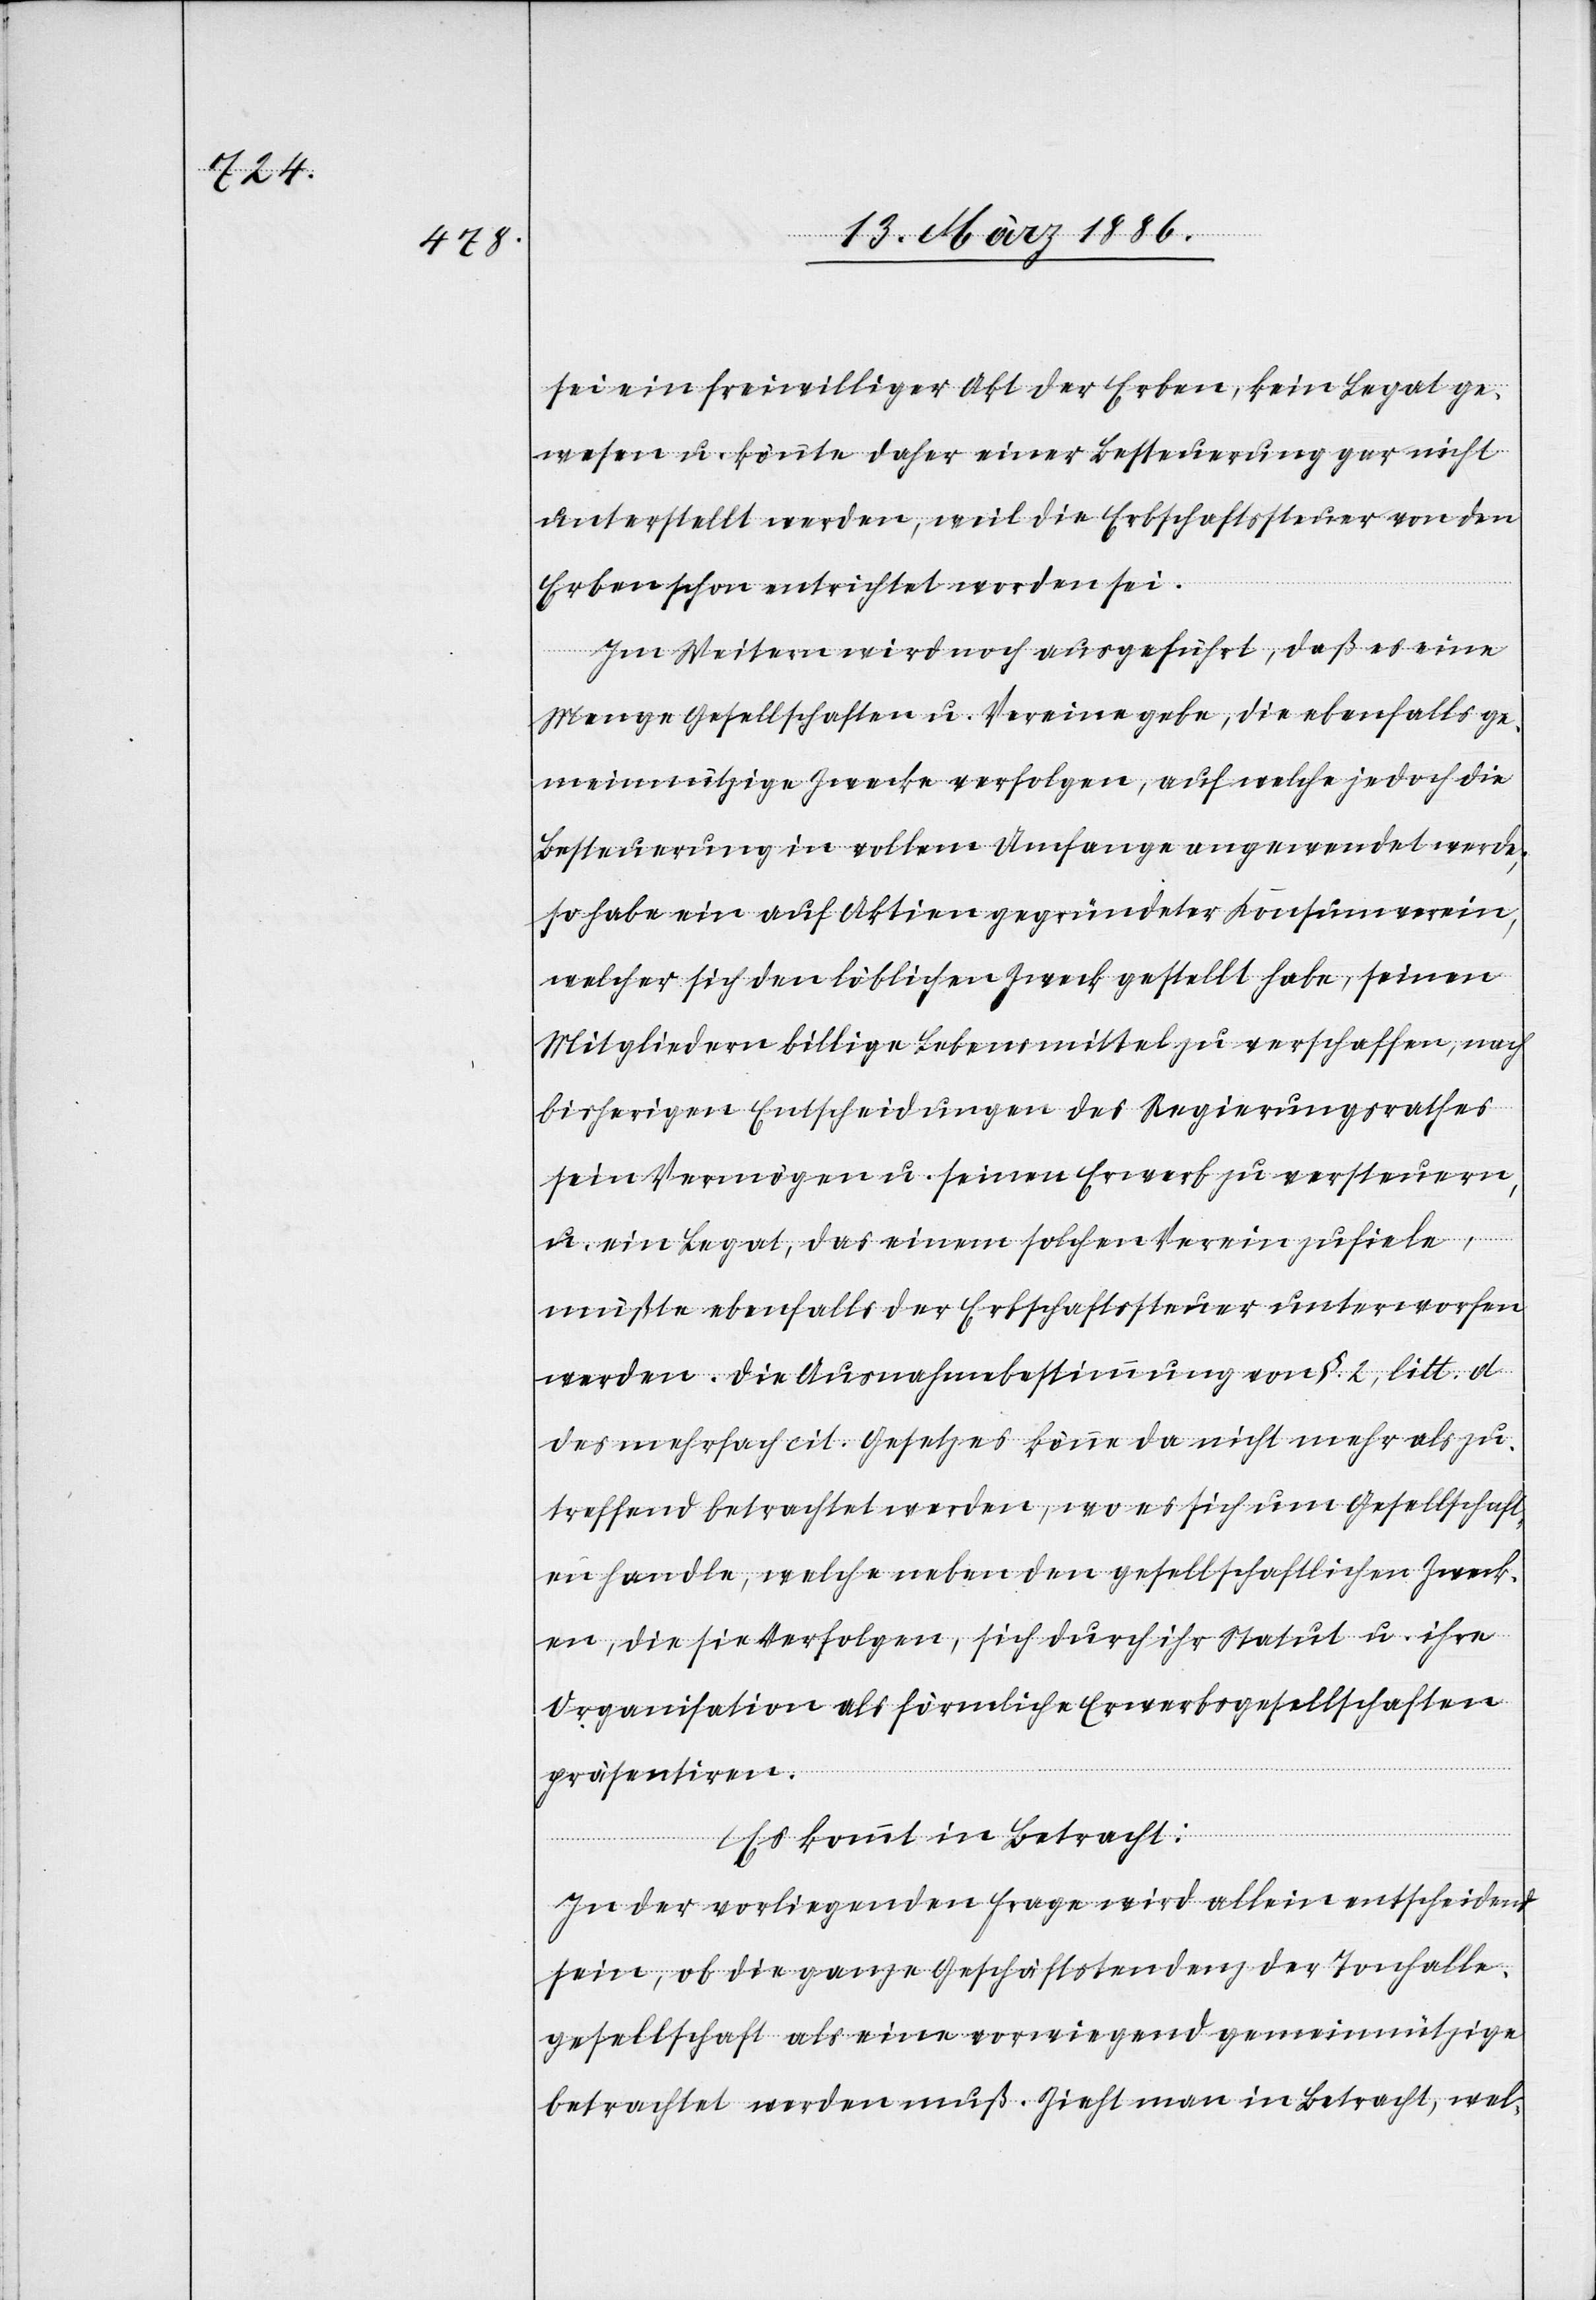
sei ein freiwilliger Akt der Erben, kein Legat ge¬
wesen u. könnte daher einer Besteuerung gar nicht
unterstellt werden, weil die Erbschaftssteuer von den
Erben schon entrichtet worden sei.
Im Weitern wird noch ausgeführt, daß es eine
Menge Gesellschaften u. Vereine gebe, die ebenfalls ge¬
meinnützige Zwecke verfolgen, auf welche jedoch die
Besteuerung in vollem Umfange angewendet werde;
sie haben ein auf Aktien gegründeter Konsumverein,
welcher sich den löblichen Zweck gestellt habe, seinen
Mitgliedern billige Lebensmittel zu verschaffen, nach
bisherigen Entscheidungen des Regierungsrathes
sein Vermögen u. seinen Erwerb zu versteuern,
u. ein Legat, das einem solchen Verein zufiele,
müßte ebenfalls der Erbschaftssteuer unterworfen
werden. Die Ausnahmebestimmung von §. 2, litt. d
des mehrfach cit. Gesetzes könne da nicht mehr als zu¬
treffend betrachtet werden, wo es sich um Gesellschaft¬
en handle, welche neben den gesellschaftlichen Zweck¬
e, die sie verfolgen, sich durch ihre Statuten u. ihre
Organisation als förmliche Erwerbsgesellschaften
präsentiren.
Es kommt in Betracht:
In der vorliegenden Frage wird allein entscheidend
sein, ob die ganze Geschäftstendenz der Tonhall¬
e-Gesellschaft als eine vorwiegend gemeinnützige
betrachtet werden muß. Zieht man in Betracht, wel-